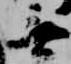
無